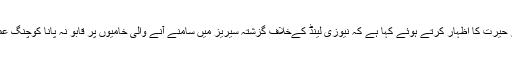
ماہرین کرکٹ نے سرفراز احمد کے بیان پر حیرت کا اظہار کرتے ہوئے کہا ہے کہ نیوزی لینڈ کےخلاف گزشتہ سیریز میں سامنے آنے والی خامیوں پر قابو نہ پانا کوچنگ عملے کی کارکردگی پر بھی سوالیہ نشان ہے۔